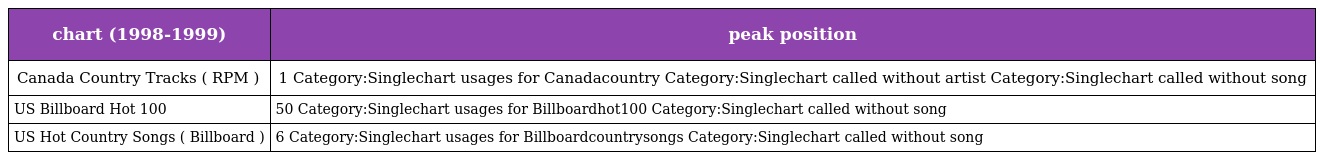
| chart (1998-1999) | peak position |
 | --- | --- |
 | Canada Country Tracks ( RPM ) | 1 Category:Singlechart usages for Canadacountry Category:Singlechart called without artist Category:Singlechart called without song |
 | US Billboard Hot 100 | 50 Category:Singlechart usages for Billboardhot100 Category:Singlechart called without song |
 | US Hot Country Songs ( Billboard ) | 6 Category:Singlechart usages for Billboardcountrysongs Category:Singlechart called without song |